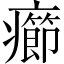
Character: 癤